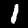
Label: 1